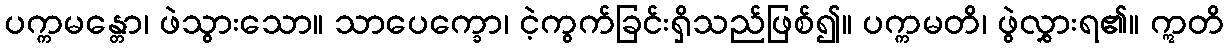
ပက္ကမန္တော၊ ဖဲသွားသော။ သာပေက္ခော၊ ငဲ့ကွက်ခြင်းရှိသည်ဖြစ်၍။ ပက္ကမတိ၊ ဖွဲလွှားရ၏။ ဣတိ